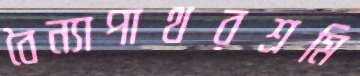
বৈন্যাপাথরশ্রমি